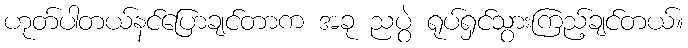
ဟုတ်ပါတယ်နင်ပြောချင်တာက အခု ညပွဲ ရုပ်ရှင်သွားကြည့်ချင်တယ်။